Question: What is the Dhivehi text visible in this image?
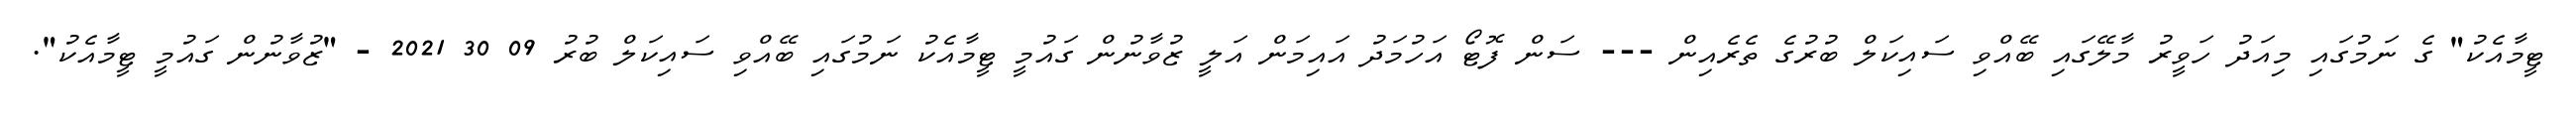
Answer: ޓީމާއެކު" ގެ ނަމުގައި މިއަދު ހަވީރު މާލޭގައި ބޭއްވި ސައިކަލް ބުރުގެ ތެރެއިން --- ސަން ފޮޓޯ އަހުމަދު އައިމަން އަލީ ޒުވާނުން ގައުމީ ޓީމާއެކު ނަމުގައި ބޭއްވި ސައިކަލް ބުރު 09 30 2021 - "ޒުވާނުން ގައުމީ ޓީމާއެކު".